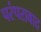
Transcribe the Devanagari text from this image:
परंपरावाद